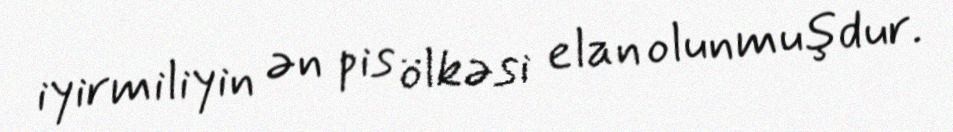
iyirmiliyin ən pis ölkəsi elan olunmuşdur.